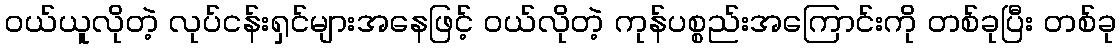
ဝယ်ယူလိုတဲ့ လုပ်ငန်းရှင်များအနေဖြင့် ဝယ်လိုတဲ့ ကုန်ပစ္စည်းအကြောင်းကို တစ်ခုပြီး တစ်ခု